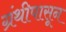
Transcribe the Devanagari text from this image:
ग्रंथीपासून